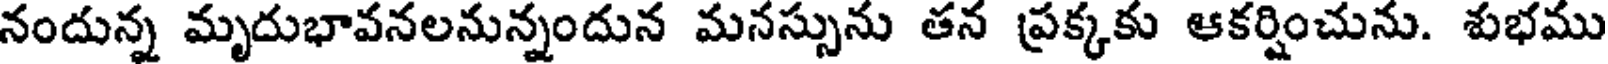
నందున్న మృదుభావనలనున్నందున మనస్సును తన ప్రక్కకు ఆకర్షించును. శుభము